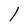
Character: l